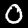
Label: 0